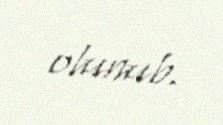
olunub.